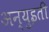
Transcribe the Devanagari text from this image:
अन्युइती